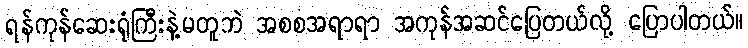
ရန်ကုန်ဆေးရုံကြီးနဲ့မတူဘဲ အစစအရာရာ အကုန်အဆင်ပြေတယ်လို့ ပြောပါတယ်။